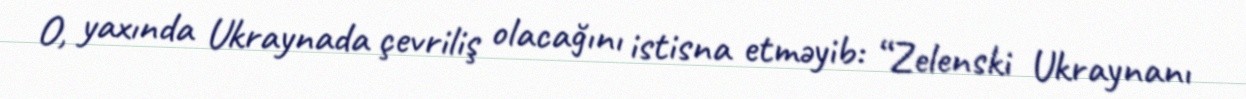
O, yaxında Ukraynada çevriliş olacağını istisna etməyib: “Zelenski Ukraynanı